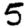
Digit: 5